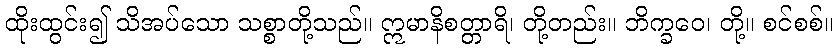
ထိုးထွင်း၍ သိအပ်သော သစ္စာတို့သည်။ ဣမာနိစတ္တာရိ၊ တို့တည်း။ ဘိက္ခဝေ၊ တို့။ စင်စစ်။